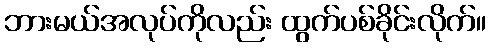
ဘားမယ်အလုပ်ကိုလည်း ထွက်ပစ်ခိုင်းလိုက်။